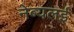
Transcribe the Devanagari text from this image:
नेब्यलई